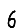
Digit: 6